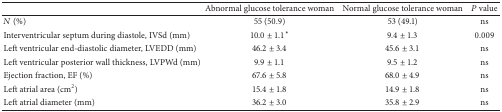
|  | Abnormal glucose tolerance woman | Normal glucose tolerance woman | P value |
 | --- | --- | --- | --- |
 | N (%) | 55 (50.9) | 53 (49.1) | ns |
 | Interventricular septum during diastole, IVSd (mm) | 10.0 ± 1.1* | 9.4 ± 1.3 | 0.009 |
 | Left ventricular end-diastolic diameter, LVEDD (mm) | 46.2 ± 3.4 | 45.6 ± 3.1 | ns |
 | Left ventricular posterior wall thickness, LVPWd (mm) | 9.9 ± 1.1 | 9.5 ± 1.2 | ns |
 | Ejection fraction, EF (%) | 67.6 ± 5.8 | 68.0 ± 4.9 | ns |
 | Left atrial area (cm2) | 15.4 ± 1.8 | 14.9 ± 1.8 | ns |
 | Left atrial diameter (mm) | 36.2 ± 3.0 | 35.8 ± 2.9 | ns |